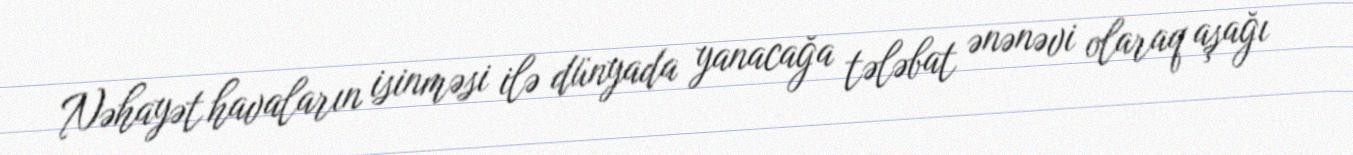
Nəhayət havaların isinməsi ilə dünyada yanacağa tələbat ənənəvi olaraq aşağı